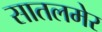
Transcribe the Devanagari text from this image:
सातलमेर